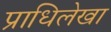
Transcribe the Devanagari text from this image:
प्राधिलेखा